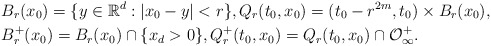
\begin{align*}&B_r(x_0)=\{y\in \mathbb{R}^d: |x_0-y|<r\},Q_r(t_0,x_0)=(t_0-r^{2m},t_0)\times B_r(x_0),\\& B_r^+(x_0)=B_r(x_0)\cap \{x_d>0\},Q^+_r(t_0,x_0)=Q_r(t_0,x_0) \cap\mathcal{O}_\infty^+ .\end{align*}